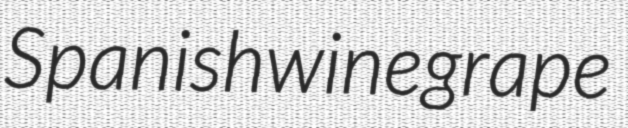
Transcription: Spanish wine grape